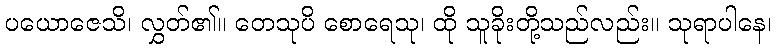
ပယောဇေသိ၊ လွှတ်၏။ တေသုပိ စောရေသု၊ ထို သူခိုးတို့သည်လည်း။ သုရာပါနေ၊